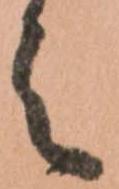
之